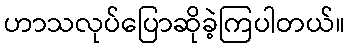
ဟာသလုပ်ပြောဆိုခဲ့ကြပါတယ်။